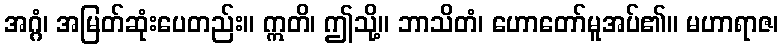
အဂ္ဂံ၊ အမြတ်ဆုံးပေတည်း။ ဣတိ၊ ဤသို့။ ဘာသိတံ၊ ဟောတော်မူအပ်၏။ မဟာရာဇ၊